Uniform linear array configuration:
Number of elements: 48
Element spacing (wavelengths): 1
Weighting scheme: exponential
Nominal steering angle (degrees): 60
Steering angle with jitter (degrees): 58.524
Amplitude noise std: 0.05
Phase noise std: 0.05

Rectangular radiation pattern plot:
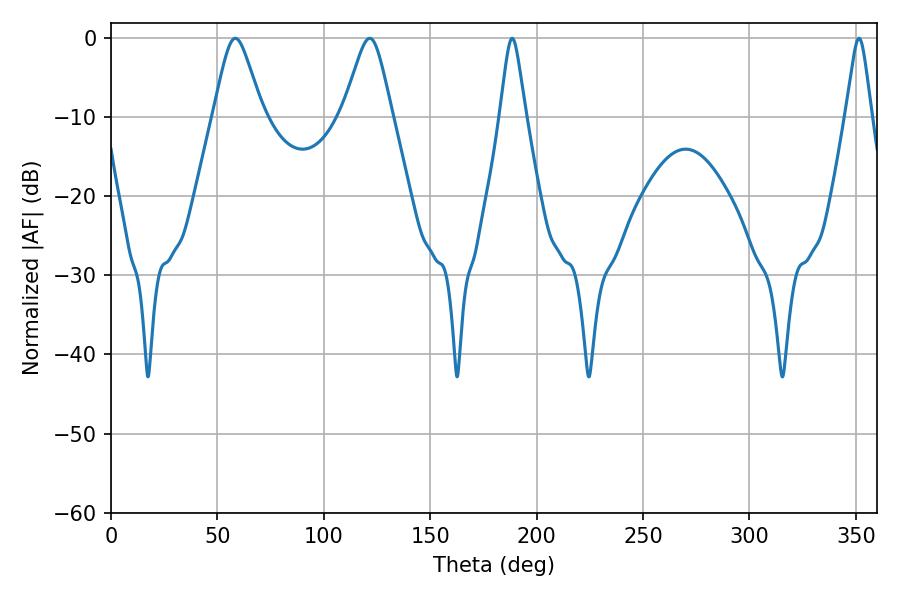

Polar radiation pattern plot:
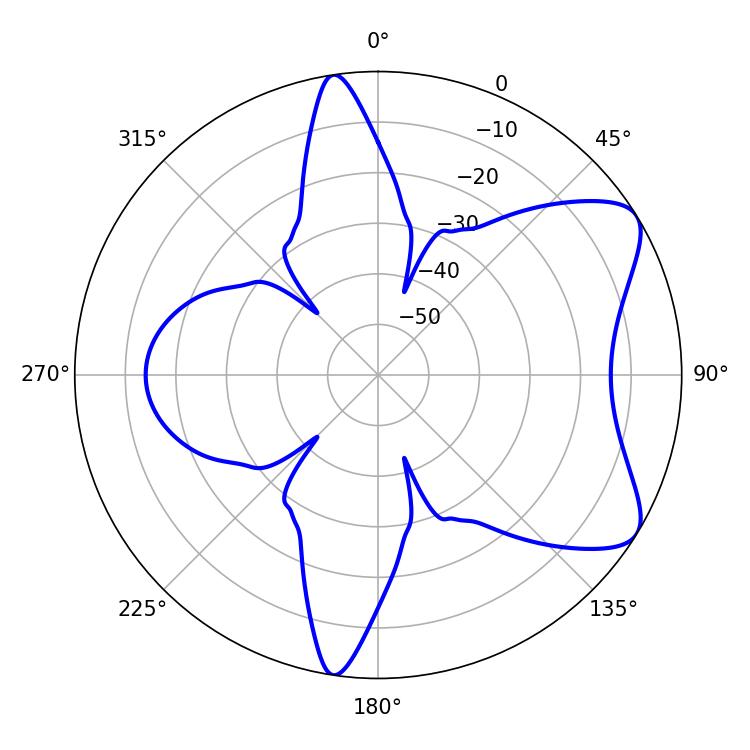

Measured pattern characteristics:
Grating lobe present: TRUE
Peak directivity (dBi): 7.399
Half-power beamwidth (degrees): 10.98
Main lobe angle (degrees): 58.5